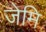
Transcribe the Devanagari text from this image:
जेमि